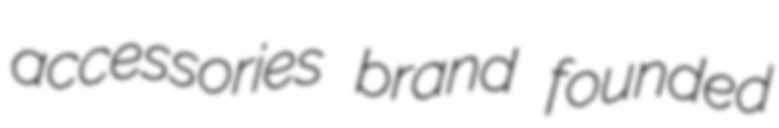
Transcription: accessories brand founded